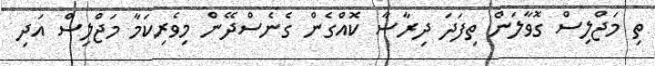
ތި މަޖްލިސް ގޮވާލަން ތިފަދަ ދިރާސާ ކޮއްގެން ގެނެސްދޭން މިވެރިކަމާ މަޖްލިސް އަދި